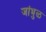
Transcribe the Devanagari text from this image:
जांभुळ